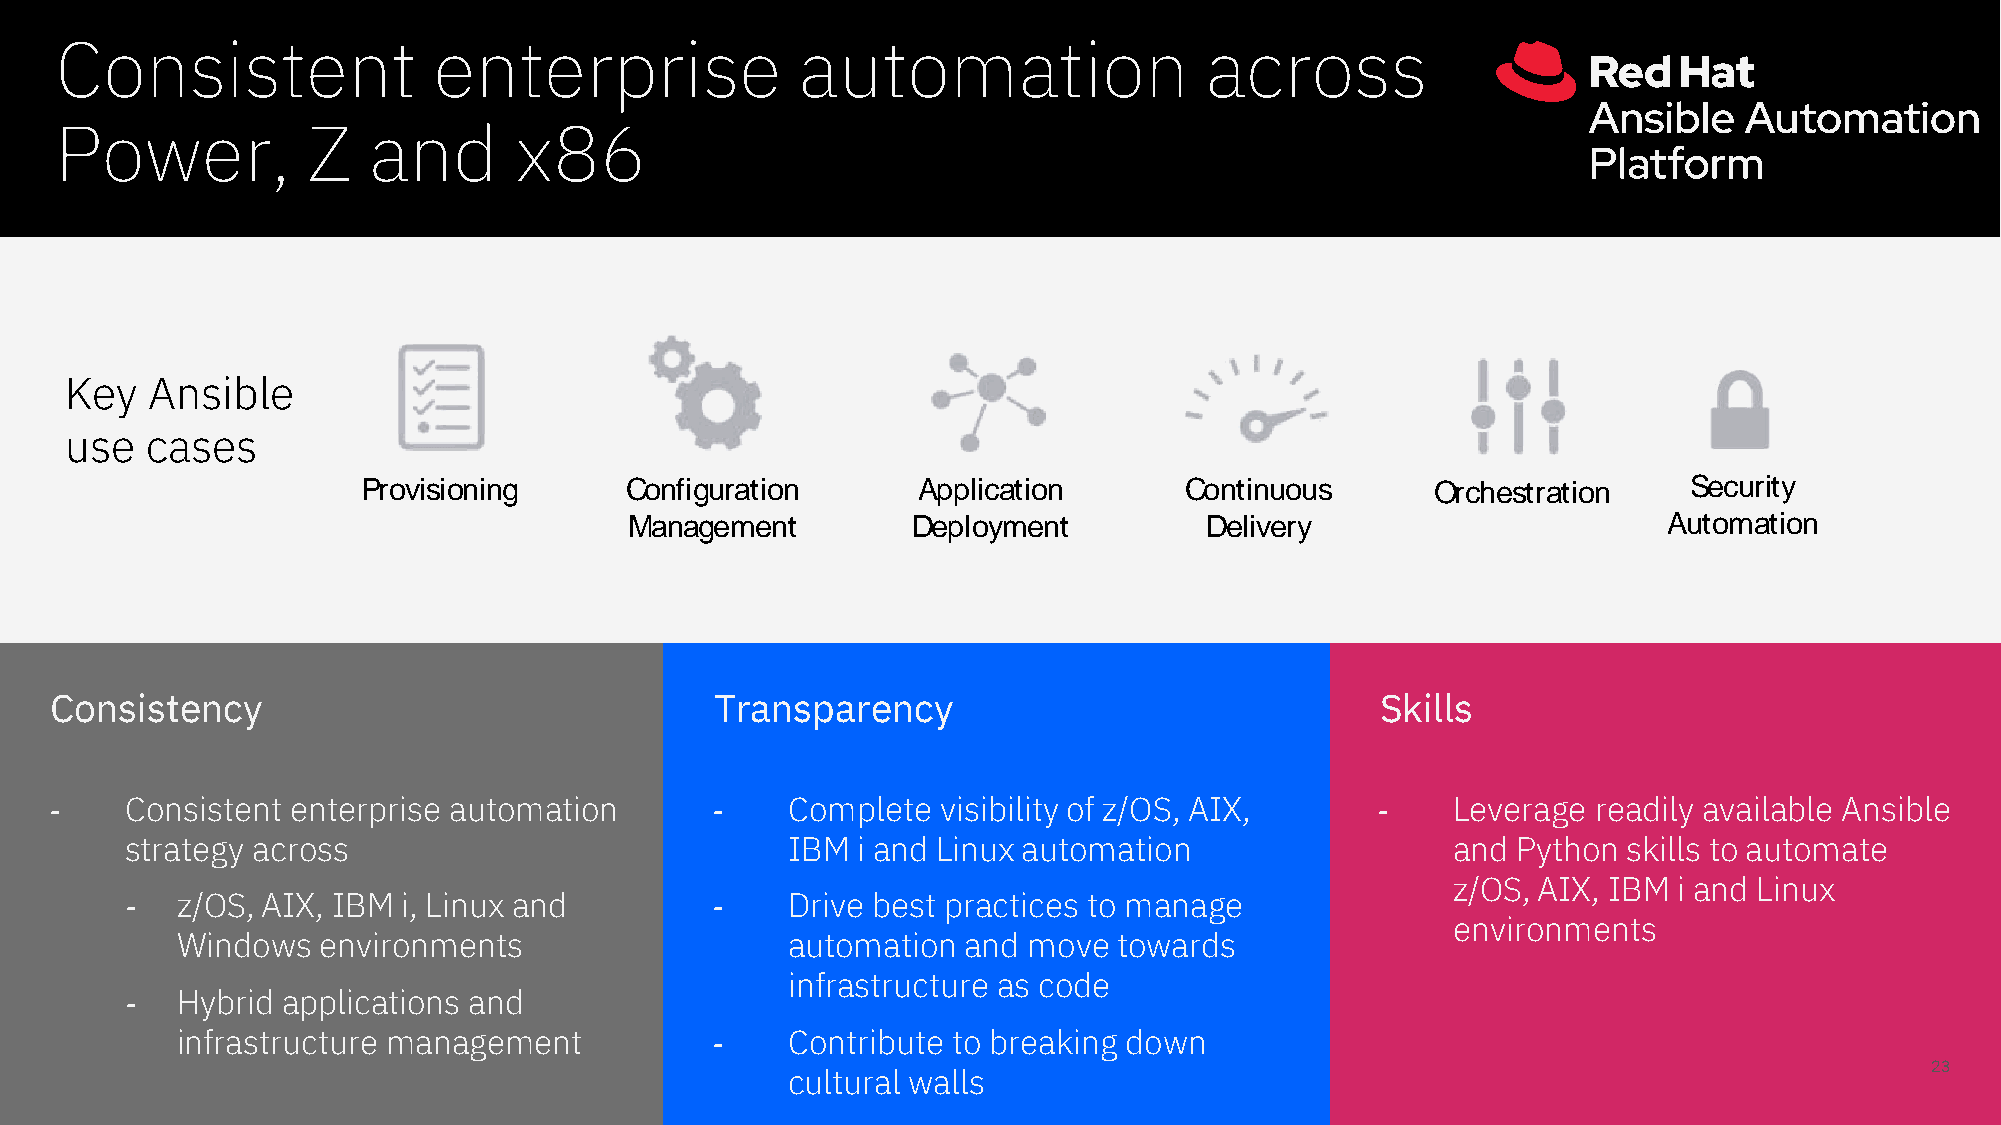
Consistent               enterprise              automation                 across
 Power,          Z   and       x86
 Key   Ansible
 use   cases
 Consistency                                 Transparency                                Skills
 -    Consistent enterprise automation       -    Complete  visibility of z/OS, AIX,     -    Leverage  readily available Ansible
 strategy across                             IBM  i and Linux automation                 and Python  skills to automate
 z/OS, AIX, IBM i and Linux
 -   z/OS, AIX, IBM i, Linux and        -    Drive best practices to manage
 environments
 Windows  environments                   automation  and move  towards
 infrastructure as code
 -   Hybrid applications and
 infrastructure management          -    Contribute to breaking down
 23
 cultural walls
 P r o v i s i o n i n g CM o
 a
 n
 n
 f ia gg ue r am t ie on nt AD pe pp l il
 o
 cy am t i oe nn
 t
 C oD ne t i nl
 i v
 ue or uy s O r c h e s t r a t i o n
 A
 Su et
 o
 cm u ra i tt yi
 o n